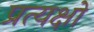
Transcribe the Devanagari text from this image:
प्रत्यक्षों